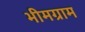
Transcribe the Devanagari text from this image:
भीमग्राम